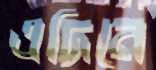
এদিনে